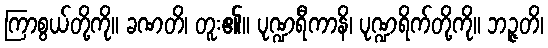
ကြာစွယ်တို့ကို။ ခဏတိ၊ တူး၏။ ပုဏ္ဍရီကာနိ၊ ပုဏ္ဍရိက်တို့ကို။ ဘဉ္ဇတိ၊